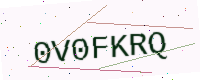
Text: 0V0FKRQ